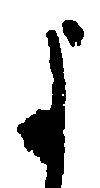
よ